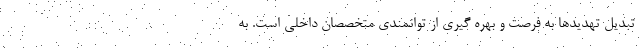
تبدیل تهدیدها به فرصت و بهره گیری از توانمندی متخصصان داخلی است. به